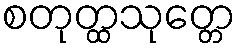
စတုတ္ထသုတ္တေ